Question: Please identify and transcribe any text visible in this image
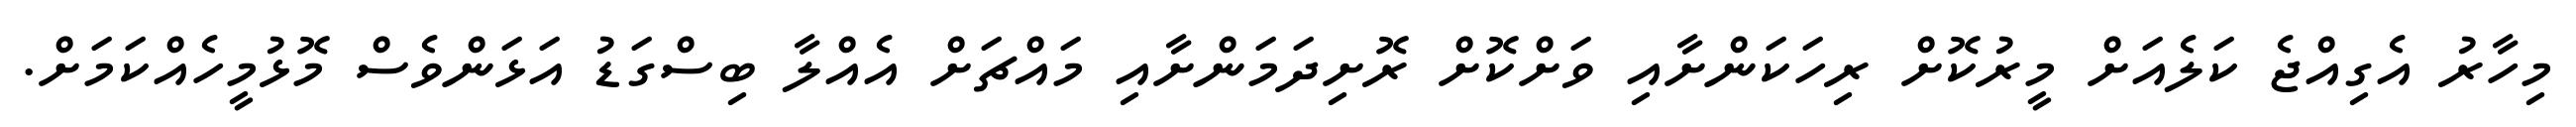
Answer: މިހާރު އެގިއްޖެ ކަލެއަށް މީރުކޮށް ރިހަކަންށާއި ވަށްކޮށް ރޮށިދަމަންށާއި މައްޗަށް އެއްލާ ބިސްގަޑު އަޅަންވެސް މޮޅުމީހެއްކަމަށް.